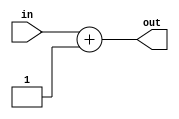
`ifndef __COUNT_V
`define __COUNT_V


module count #(parameter N = 16) (in, out);
	input [N-1:0] in;
	output [N-1:0] out;
	assign out= in +1;
endmodule  


`endif // __COUNT_V